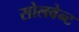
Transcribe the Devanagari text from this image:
सोलवेन्ट